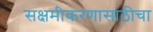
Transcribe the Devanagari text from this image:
सक्षमीकरणासाठीचा